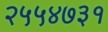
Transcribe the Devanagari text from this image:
२५५४७३१